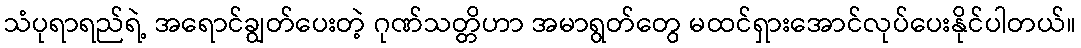
သံပုရာရည်ရဲ့ အရောင်ချွတ်ပေးတဲ့ ဂုဏ်သတ္တိဟာ အမာရွတ်တွေ မထင်ရှားအောင်လုပ်ပေးနိုင်ပါတယ်။